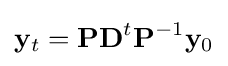
\mathbf {y} _{t}=\mathbf {PD} ^{t}\mathbf {P} ^{-1}\mathbf {y} _{0}